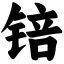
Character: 锫